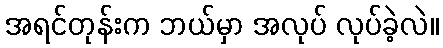
အရင်တုန်းက ဘယ်မှာ အလုပ် လုပ်ခဲ့လဲ။